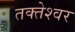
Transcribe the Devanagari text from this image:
तक्तेश्वर